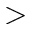
>